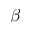
\beta